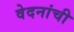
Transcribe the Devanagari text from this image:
वेदनांची